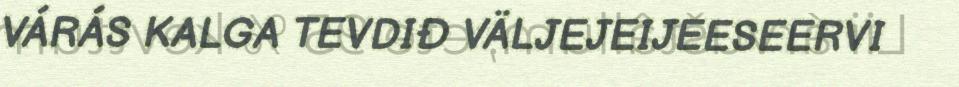
VÁRÁS KALGA TEVDIĐ VÄLJEJEIJEESEERVI